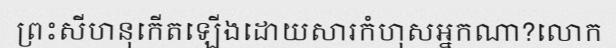
ព្រះសីហនុកើតឡើងដោយសារកំហុសអ្នកណា?លោក